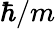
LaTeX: \hbar/m